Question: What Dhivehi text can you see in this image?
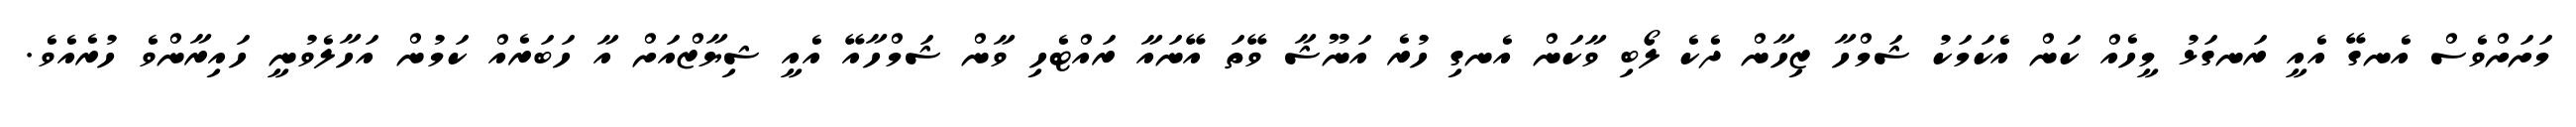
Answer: މަށަށްވެސް އެނގޭ އެއީ ރަނގަޅު މީހެއް ކަން އެކަމަކު ޝަމްހާ ޒިހާން ދެކެ ލޯބި ވާކަން އެނގި ހުރެ އަނޫޝާ ވޭތަ އޭނައާ ރައްޓެހި ވާން ޝަމްހާއޭ އެއީ ޝިޔާޒްއަށް އާ ހަބަރެއް ކަމުން އަހާލެވުނީ ހައިރާންވެ ހުރެއެވެ.